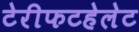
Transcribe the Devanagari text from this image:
टेरीफटहेलेट